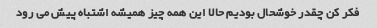
فکر کن چقدر خوشحال بودیم حالا این همه چیز همیشه اشتباه پیش می رود